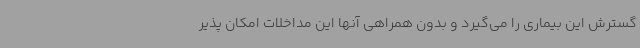
گسترش این بیماری را می‌گیرد و بدون همراهی آنها این مداخلات امکان پذیر